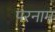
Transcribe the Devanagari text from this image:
परनाम